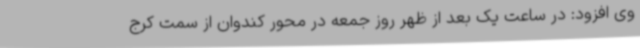
وی افزود: در ساعت یک بعد از ظهر روز جمعه در محور کندوان از سمت کرج